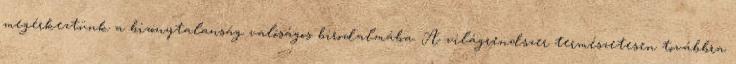
megérkeztünk a bizonytalanság valóságos birodalmába. A világrendszer természetesen továbbra